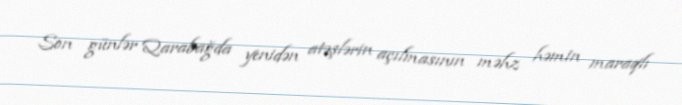
Son günlər Qarabağda yenidən atəşlərin açılmasının məhz həmin maraqlı